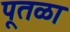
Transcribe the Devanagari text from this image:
पूतळा